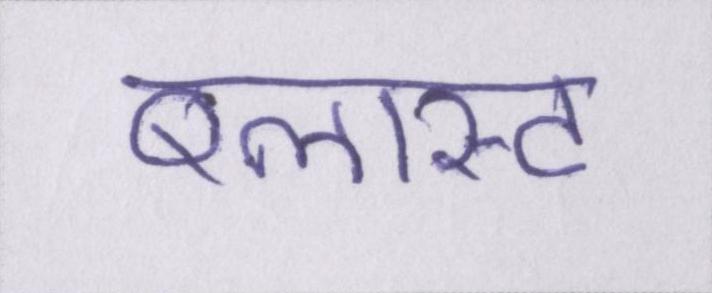
ब्लास्ट